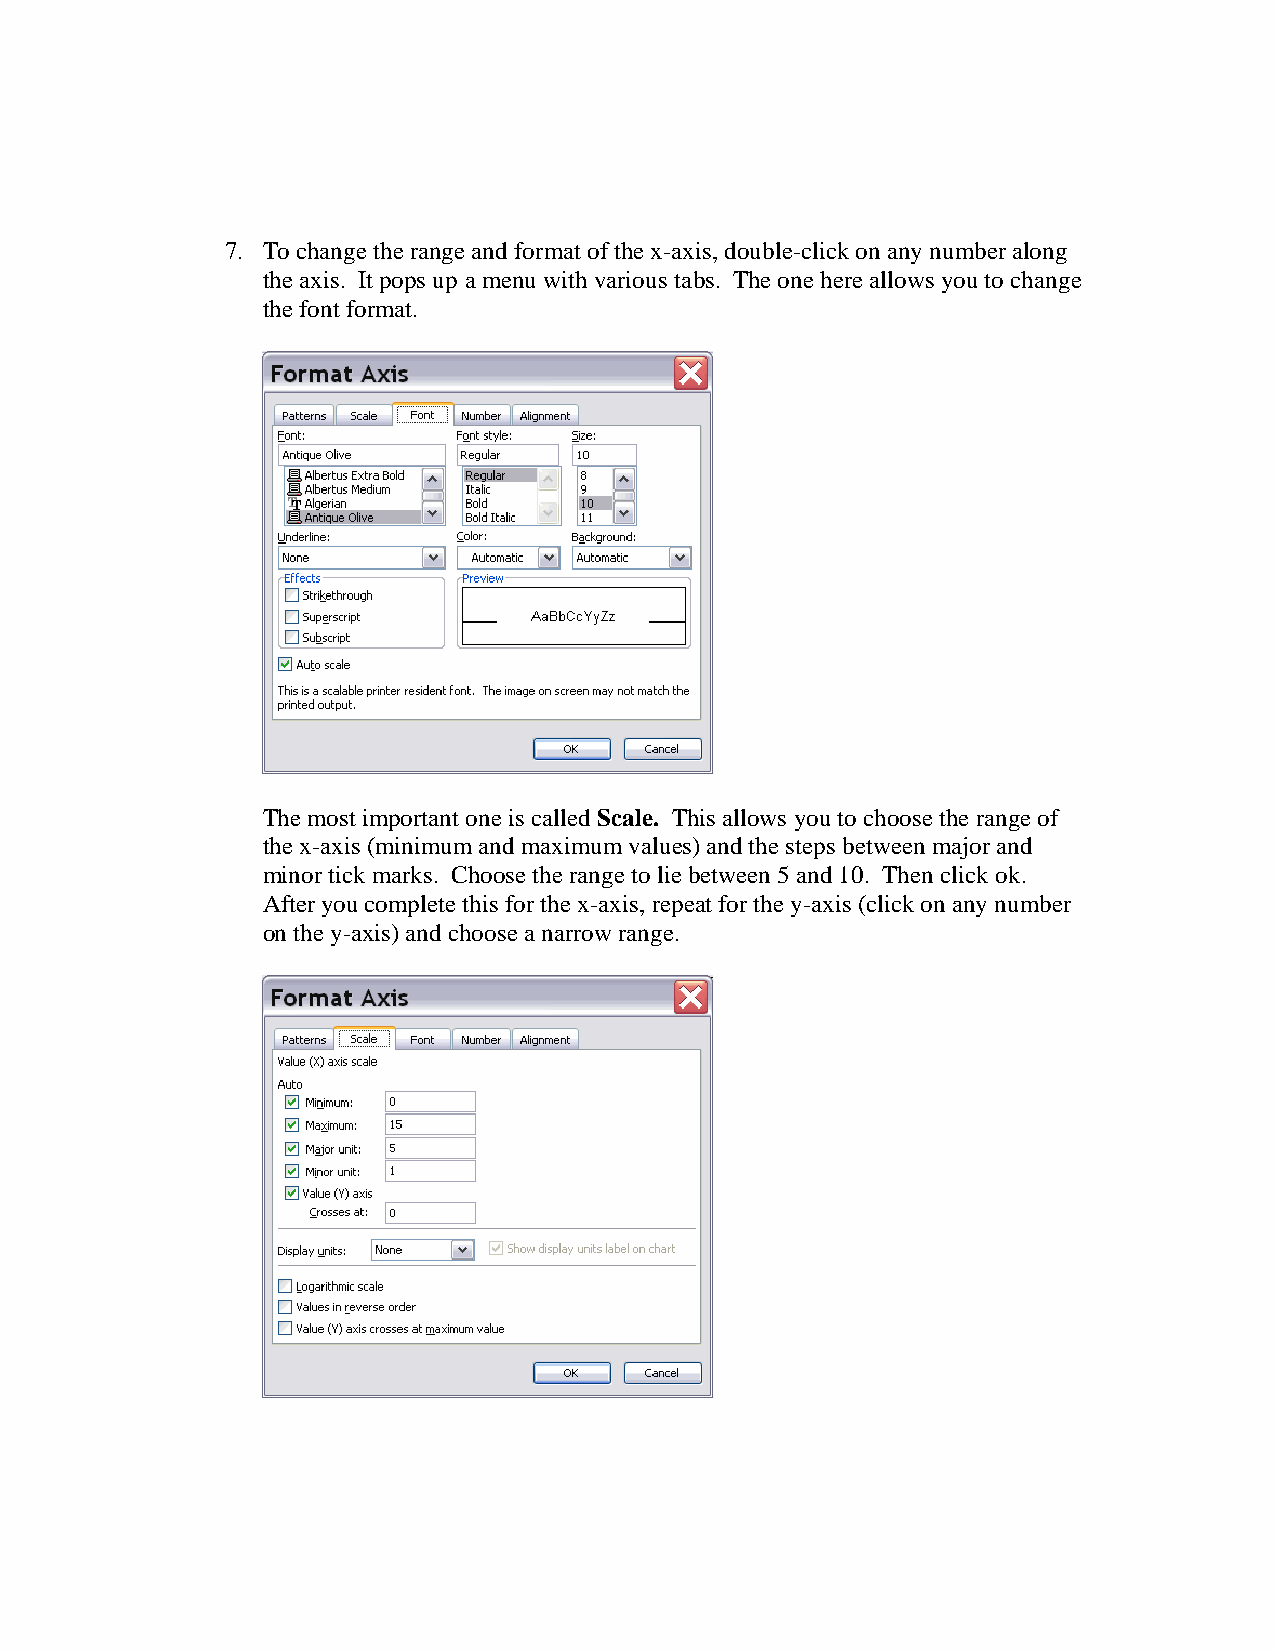
7. To change the range and format of the x-axis, double-click on any number along
 the axis. It pops up a menu with various tabs. The one here allows you to change
 the font format.
 The most important one is called Scale. This allows you to choose the range of
 the x-axis (minimum and maximum values) and the steps between major and
 minor tick marks. Choose the range to lie between 5 and 10. Then click ok.
 After you complete this for the x-axis, repeat for the y-axis (click on any number
 on the y-axis) and choose a narrow range.